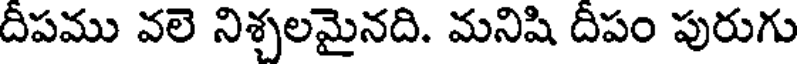
దీపము వలె నిశ్చలమైనది. మనిషి దీపం పురుగు